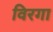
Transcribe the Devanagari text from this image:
विरगा